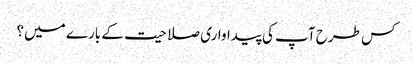
کس طرح آپ کی پیداواری صلاحیت کے بارے میں؟